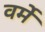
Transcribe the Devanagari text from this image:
वर्मे